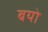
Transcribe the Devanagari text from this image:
बयो